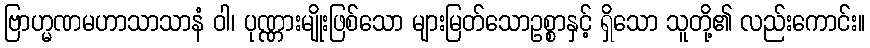
ဗြာဟ္မဏမဟာသာသာနံ ဝါ၊ ပုဏ္ဏားမျိုးဖြစ်သော များမြတ်သောဥစ္စာနှင့် ရှိသော သူတို့၏ လည်းကောင်း။